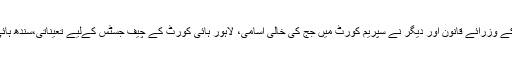
اجلاس میں سپریم کورٹ کے سینئر جج صاحبان ، اٹارنی جنرل ، پاکستان بار کونسل ، سندھ اور پنجاب کے وزرائے قانون اور دیگر نے سپریم کورٹ میں جج کی خالی اسامی، لاہور ہائی کورٹ کے چیف جسٹس کےلیے تعیناتی،سندھ ہائی کورٹ میں ایڈیشنل ججز کی تقرری اور جوڈیشل کمیشن قواعد 2010ء میں ترامیم پر تفصیلی غور کیا۔